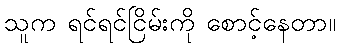
သူက ရင်ရင်ငြိမ်းကို စောင့်နေတာ။